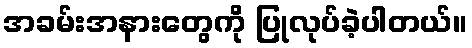
အခမ်းအနားတွေကို ပြုလုပ်ခဲ့ပါတယ်။